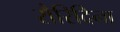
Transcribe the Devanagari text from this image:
रौरिदिना